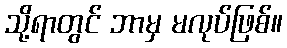
သို့ရာတွင် ဘာမှ မလုပ်ဖြစ်။